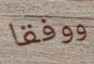
ووفقا